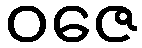
ဝဇေ